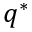
q ^ { * }